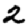
Digit: 2